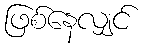
ဖြစ်နေလျှင်